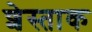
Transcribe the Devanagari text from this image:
शेस्ताक